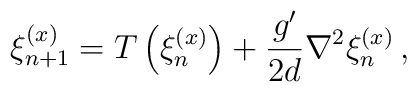
\xi^{(x)}_{n+1} = T\left(\xi^{(x)}_n\right) + \frac{g'}{2d}                  \nabla^2 \xi^{(x)}_n \, ,